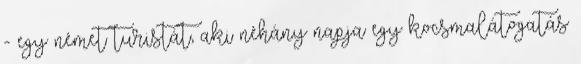
- egy német turistát, aki néhány napja egy kocsmalátogatás